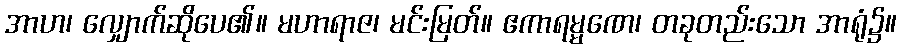
အာဟ၊ လျှောက်ဆိုပေ၏။ မဟာရာဇ၊ မင်းမြတ်။ ဧကာရမ္မဏေ၊ တခုတည်းသော အာရုံ၌။